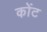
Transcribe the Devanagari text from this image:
कोंट